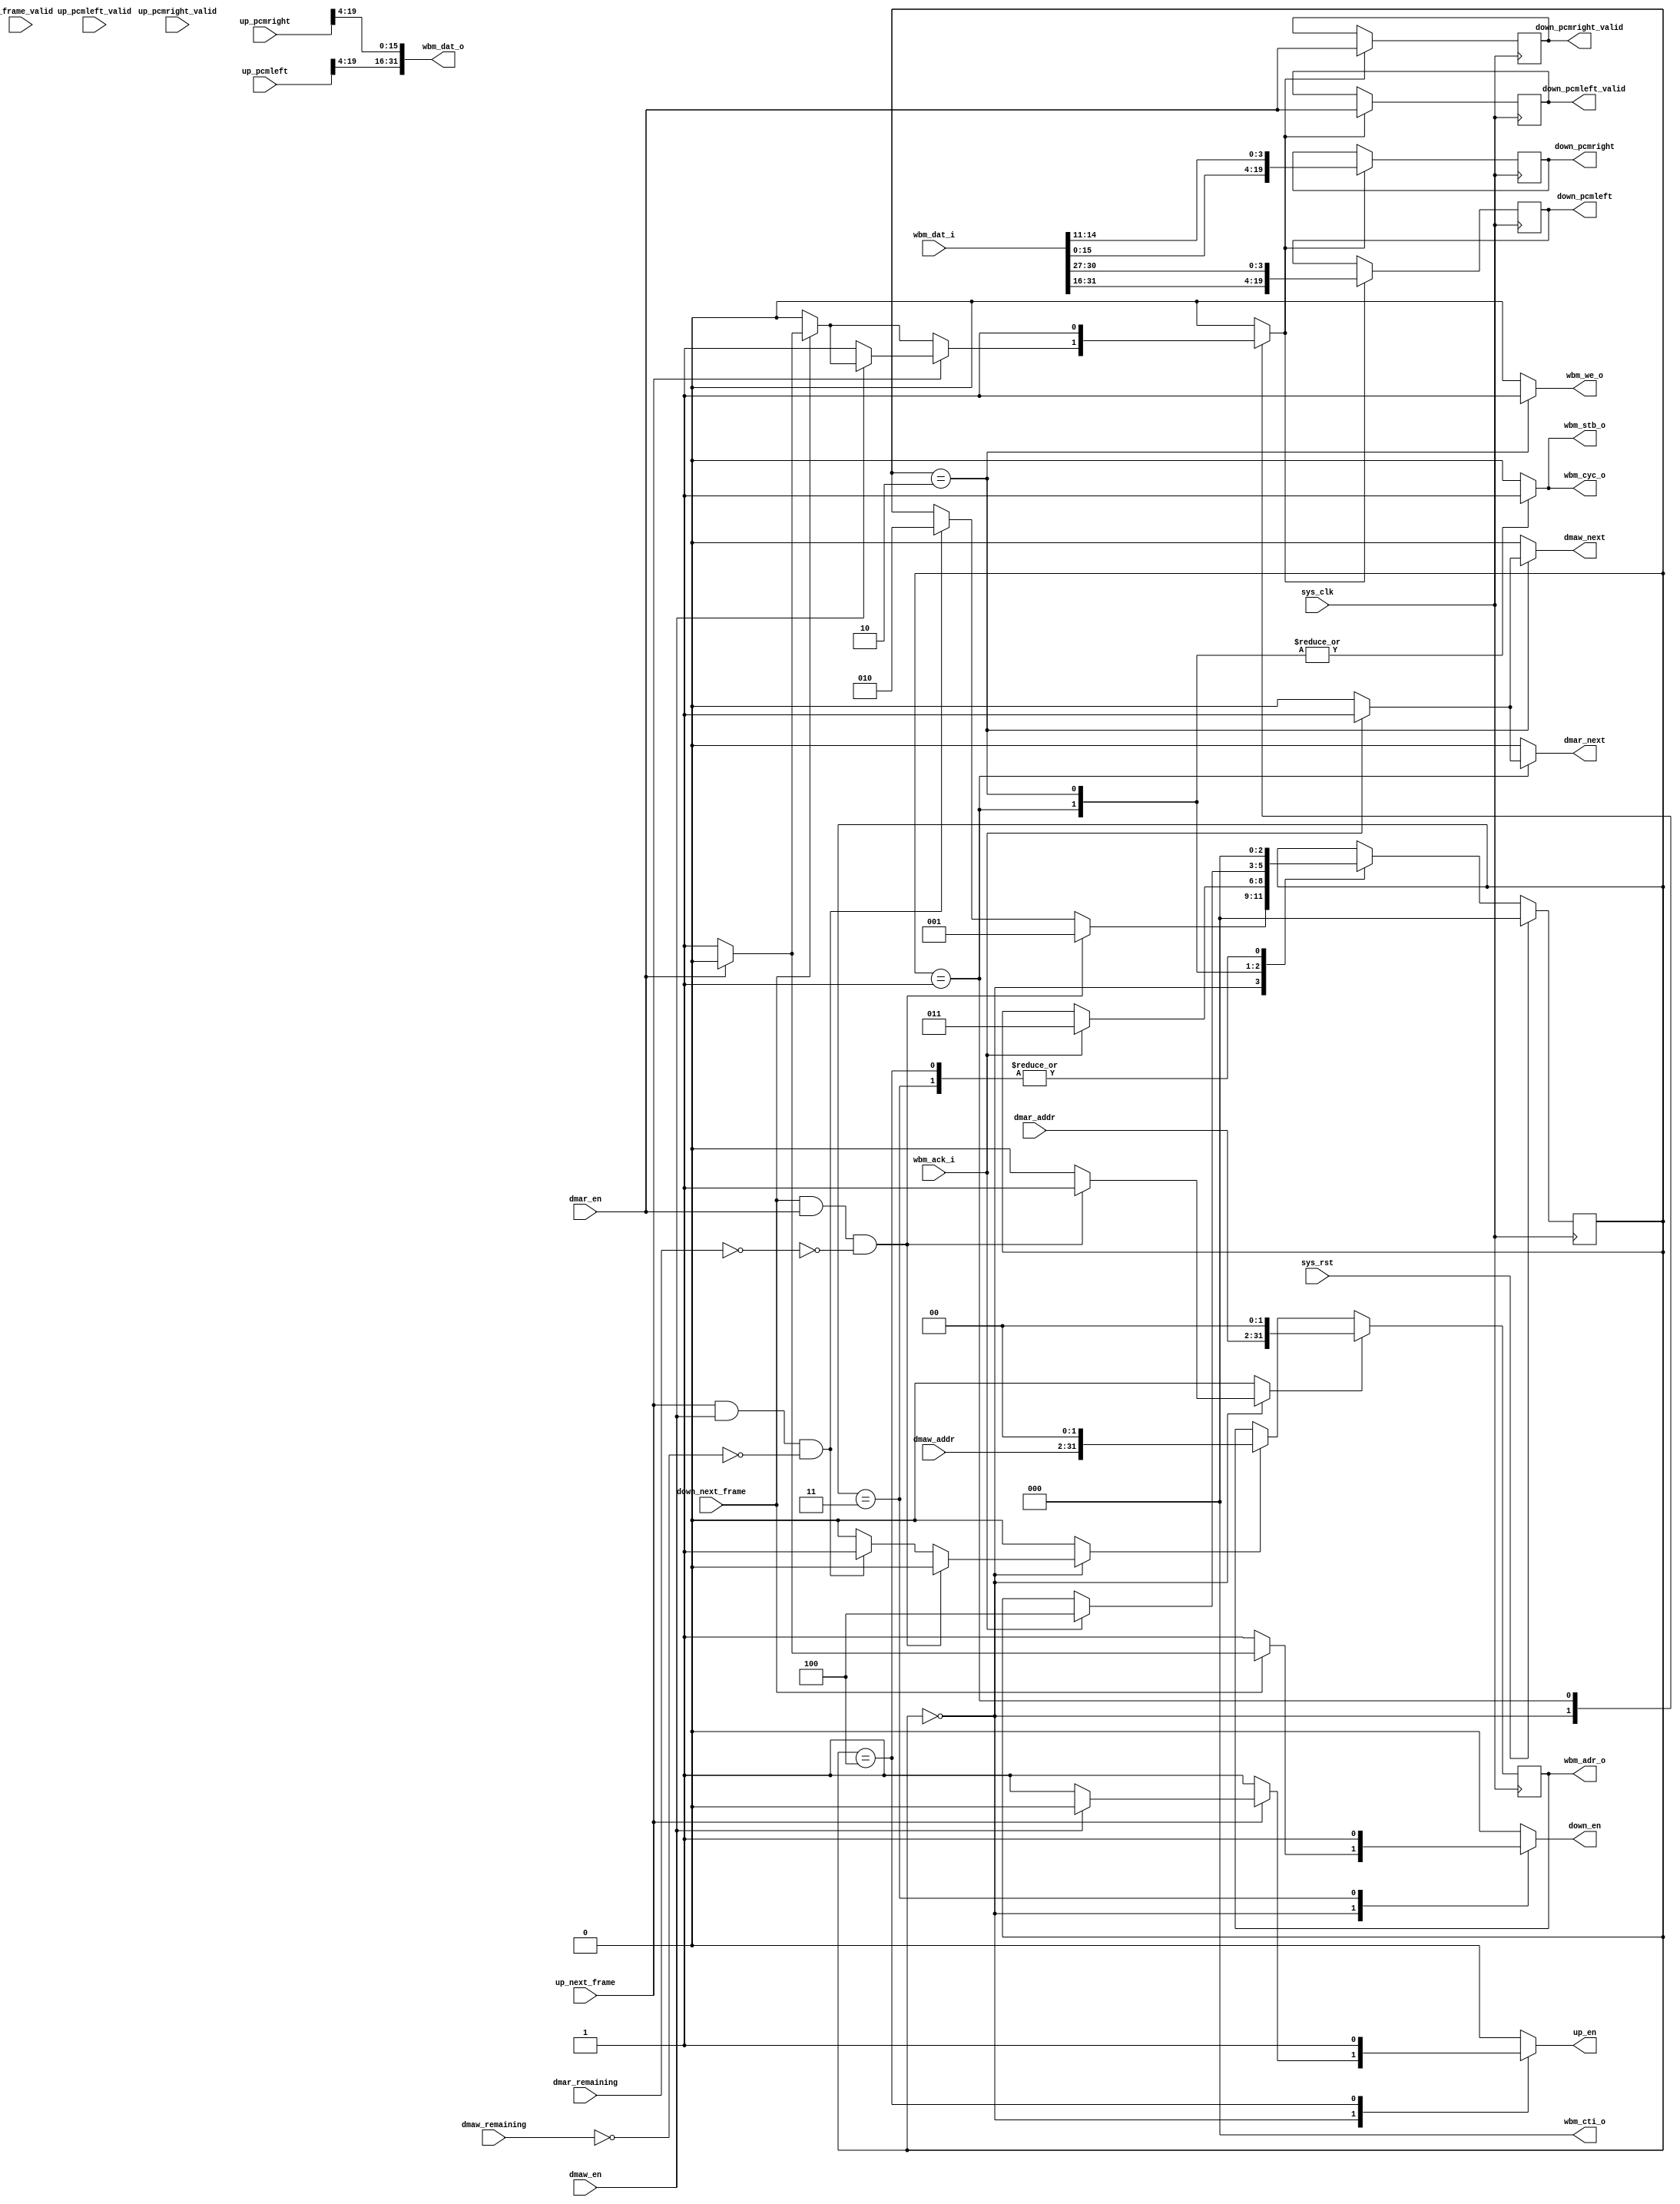
/*
 * Milkymist VJ SoC
 * Copyright (C) 2007, 2008, 2009 Sebastien Bourdeauducq
 *
 * This program is free software: you can redistribute it and/or modify
 * it under the terms of the GNU General Public License as published by
 * the Free Software Foundation, version 3 of the License.
 *
 * This program is distributed in the hope that it will be useful,
 * but WITHOUT ANY WARRANTY; without even the implied warranty of
 * MERCHANTABILITY or FITNESS FOR A PARTICULAR PURPOSE.  See the
 * GNU General Public License for more details.
 *
 * You should have received a copy of the GNU General Public License
 * along with this program.  If not, see <http://www.gnu.org/licenses/>.
 */

module ac97_dma(
	input sys_rst,
	input sys_clk,
	
	output reg [31:0] wbm_adr_o,
	output [2:0] wbm_cti_o,
	output reg wbm_we_o,
	output wbm_cyc_o,
	output wbm_stb_o,
	input wbm_ack_i,
	input [31:0] wbm_dat_i,
	output [31:0] wbm_dat_o,
	
	output reg down_en,
	input down_next_frame,
	output reg down_pcmleft_valid,
	output reg [19:0] down_pcmleft,
	output reg down_pcmright_valid,
	output reg [19:0] down_pcmright,
	
	output reg up_en,
	input up_next_frame,
	input up_frame_valid,
	input up_pcmleft_valid,
	input [19:0] up_pcmleft,
	input up_pcmright_valid,
	input [19:0] up_pcmright,
	
	/* in 32-bit words */
	input dmar_en,
	input [29:0] dmar_addr,
	input [15:0] dmar_remaining,
	output reg dmar_next,
	input dmaw_en,
	input [29:0] dmaw_addr,
	input [15:0] dmaw_remaining,
	output reg dmaw_next
);

assign wbm_cti_o = 3'd0;

reg wbm_strobe;
assign wbm_cyc_o = wbm_strobe;
assign wbm_stb_o = wbm_strobe;

reg load_read_addr;
reg load_write_addr;
always @(posedge sys_clk) begin
	if(load_read_addr)
		wbm_adr_o <= {dmar_addr, 2'b00};
	else if(load_write_addr)
		wbm_adr_o <= {dmaw_addr, 2'b00};
end

reg load_downpcm;
always @(posedge sys_clk) begin
	if(load_downpcm) begin
		down_pcmleft_valid <= dmar_en;
		down_pcmright_valid <= dmar_en;
		down_pcmleft <= {wbm_dat_i[31:16], wbm_dat_i[30:27]};
		down_pcmright <= {wbm_dat_i[15:0], wbm_dat_i[14:11]};
	end
end

assign wbm_dat_o = {up_pcmleft[19:4], up_pcmright[19:4]};

reg [2:0] state;
reg [2:0] next_state;

parameter IDLE		= 3'd0;
parameter DMAR		= 3'd1;
parameter DMAW		= 3'd2;
parameter NEXTDFRAME	= 3'd3;
parameter NEXTUFRAME	= 3'd4;

wire dmar_finished = dmar_remaining == 16'd0;
wire dmaw_finished = dmaw_remaining == 16'd0;

always @(posedge sys_clk) begin
	if(sys_rst)
		state <= IDLE;
	else
		state <= next_state;
	//$display("state:%d->%d %b %b %b", state, next_state, down_next_frame, dmar_en, ~dmar_finished);
end

always @(*) begin
	next_state = state;

	wbm_strobe = 1'b0;
	load_read_addr = 1'b0;
	load_write_addr = 1'b0;
	wbm_we_o = 1'b0;
	down_en = 1'b0;
	up_en = 1'b0;
	
	dmar_next = 1'b0;
	dmaw_next = 1'b0;
	
	load_downpcm = 1'b0;
	
	case(state)
		IDLE: begin
			down_en = 1'b1;
			up_en = 1'b1;
			
			if(down_next_frame) begin
			 	if(dmar_en)
					down_en = 1'b0;
				else
					load_downpcm = 1'b1;
			end
			if(up_next_frame) begin
				if(dmaw_en)
					up_en = 1'b0;
				else
					load_downpcm = 1'b1;
			end
			
			if(down_next_frame & dmar_en & ~dmar_finished) begin
				load_read_addr = 1'b1;
				next_state = DMAR;
			end else if(up_next_frame & dmaw_en & ~dmaw_finished) begin
				load_write_addr = 1'b1;
				next_state = DMAW;
			end
		end
		DMAR: begin
			wbm_strobe = 1'b1;
			load_downpcm = 1'b1;
			if(wbm_ack_i) begin
				dmar_next = 1'b1;
				next_state = NEXTDFRAME;
			end
		end
		DMAW: begin
			wbm_strobe = 1'b1;
			wbm_we_o = 1'b1;
			if(wbm_ack_i) begin
				dmaw_next = 1'b1;
				next_state = NEXTUFRAME;
			end
		end
		NEXTDFRAME: begin
			down_en = 1'b1;
			next_state = IDLE;
		end
		NEXTUFRAME: begin
			up_en = 1'b1;
			next_state = IDLE;
		end
	endcase
end

endmodule